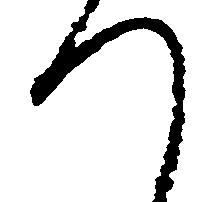
つ